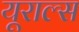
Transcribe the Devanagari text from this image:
यूराल्स